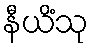
နီယိံသု